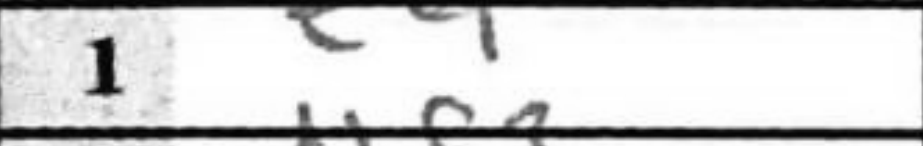
Transcription: e4